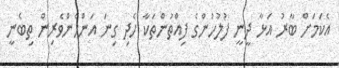
އެކަމަށް ބާރު އަޅާ ދީނީ ފުލުހުންގެ ފިއްތުންތަކާ ހެދި ގިނަ އަންހެންވެރިން ތިބެނީ